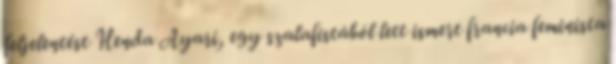
feljelentést Henda Ayari, egy szalafistából lett ismert francia feminista